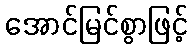
အောင်မြင်စွာဖြင့်